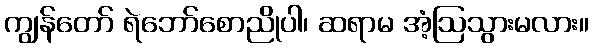
ကျွန်တော် ရဲဘော်စောညိုပါ၊ ဆရာမ အံ့ဩသွားမလား။